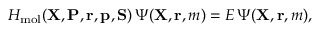
H _ { \mathrm { m o l } } ( { \mathbf { X } } , { \mathbf { P } } , { \mathbf { r } } , { \mathbf { p } } , { \mathbf { S } } ) \, \Psi ( { \mathbf { X } } , { \mathbf { r } } , m ) = E \, \Psi ( { \mathbf { X } } , { \mathbf { r } } , m ) ,